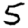
Digit: 5